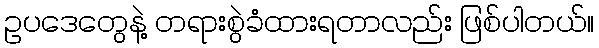
ဥပဒေတွေနဲ့ တရားစွဲခံထားရတာလည်း ဖြစ်ပါတယ်။